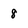
Character: 8